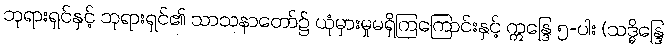
ဘုရားရှင်နှင့် ဘုရားရှင်၏ သာသနာတော်၌ ယုံမှားမှုမရှိကြကြောင်းနှင့် ဣန္ဒြေ ၅-ပါး (သဒ္ဓိန္ဒြေ